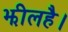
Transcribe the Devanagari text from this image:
झीलहै।